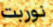
نوربت